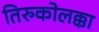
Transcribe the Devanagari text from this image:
तिरुकोलक्का